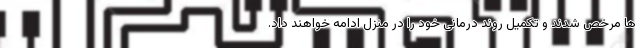
ها مرخص شدند و تکمیل روند درمانی خود را در منزل ادامه خواهند داد.